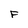
Character: F